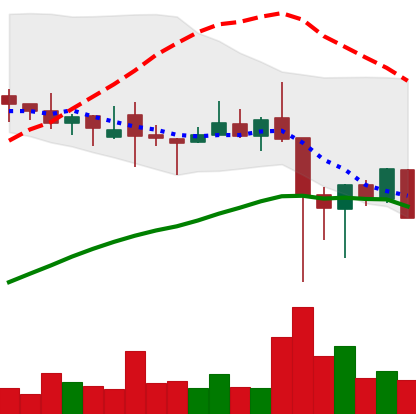
Ticker: XLM-USD
Chart end date: 2021-12-09
Forward return: -4.889%
Label: down_3_5